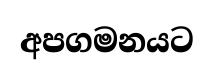
අපගමනයට